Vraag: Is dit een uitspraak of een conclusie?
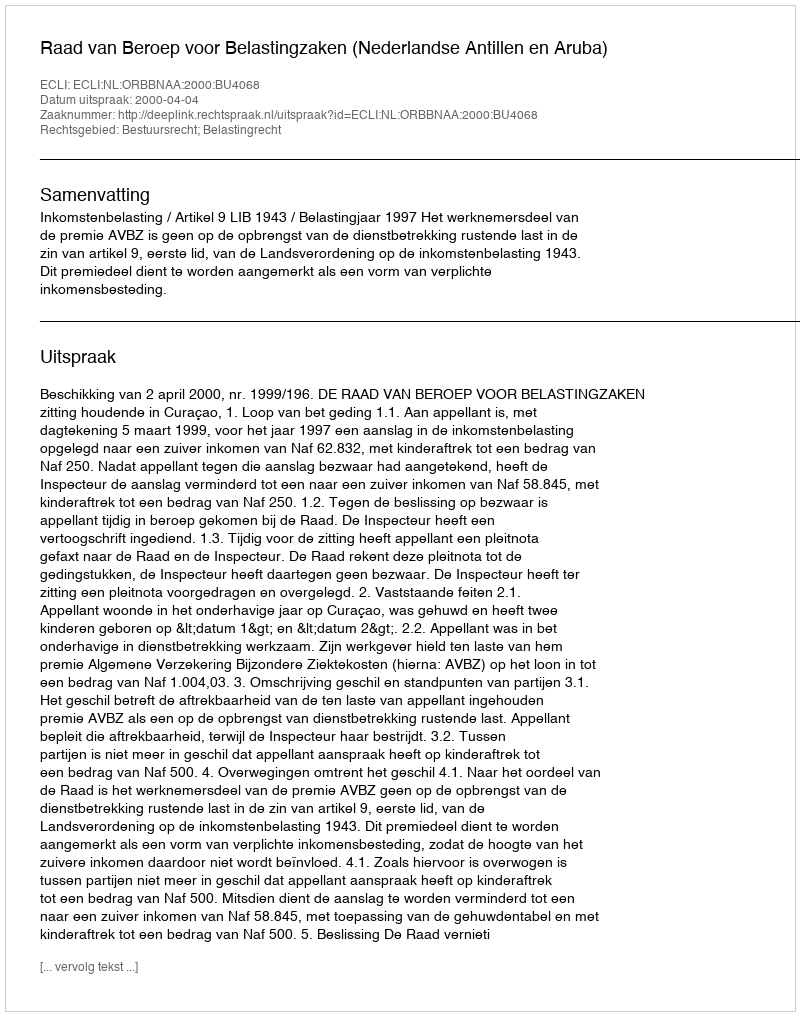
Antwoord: Uitspraak